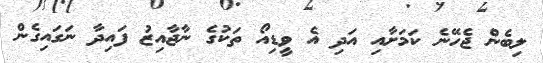
ލިބެން ޖެހޭނެ ކަމަށާއި އަދި އެ ވީޑިއޯ ތަކުގެ ނާޖާއިޒު ފައިދާ ނަގައިގެން